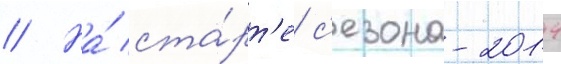
// На́ ста́рт'е с'езона-2014